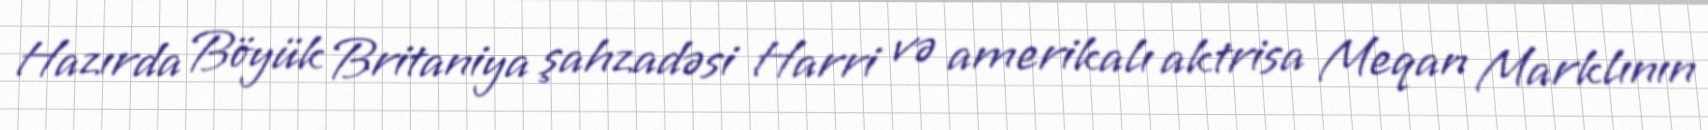
Hazırda Böyük Britaniya şahzadəsi Harri və amerikalı aktrisa Meqan Marklının